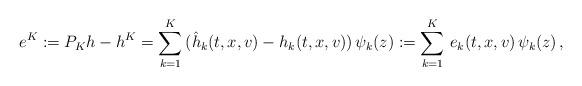
LaTeX: \begin{align*} e^K := P_{K} h -h^K = \sum_{k=1}^{K}\, (\hat h_k(t,x,v)-h_k(t,x,v))\, \psi_k(z):=\sum_{k=1}^{K}\, e_k(t,x,v)\, \psi_k(z)\,, \end{align*}